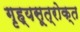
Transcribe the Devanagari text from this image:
गृह्यसूत्रोक्त